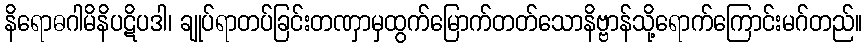
နိရောဓဂါမိနိပဋိပဒါ၊ ချုပ်ရာတပ်ခြင်းတဏှာမှထွက်မြောက်တတ်သောနိဗ္ဗာန်သို့ရောက်ကြောင်းမဂ်တည်။